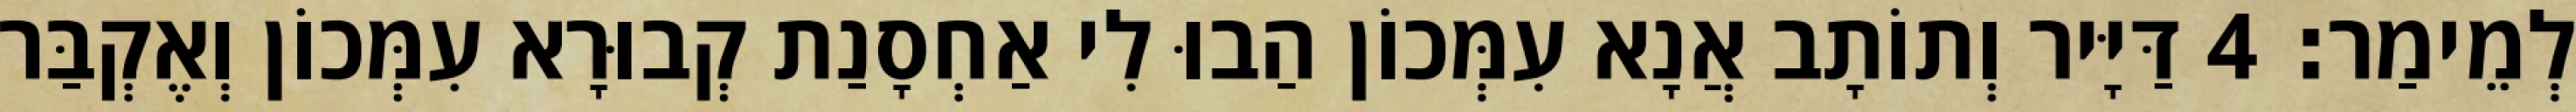
לְמֵימַר׃ 4 דַּיָּיר וְתוֹתָב אֲנָא עִמְּכוֹן הַבוּ לִי אַחְסָנַת קְבוּרָא עִמְּכוֹן וְאֶקְבַּר